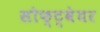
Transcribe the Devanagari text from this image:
सोफ्ट्वेयर